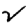
Digit: 2